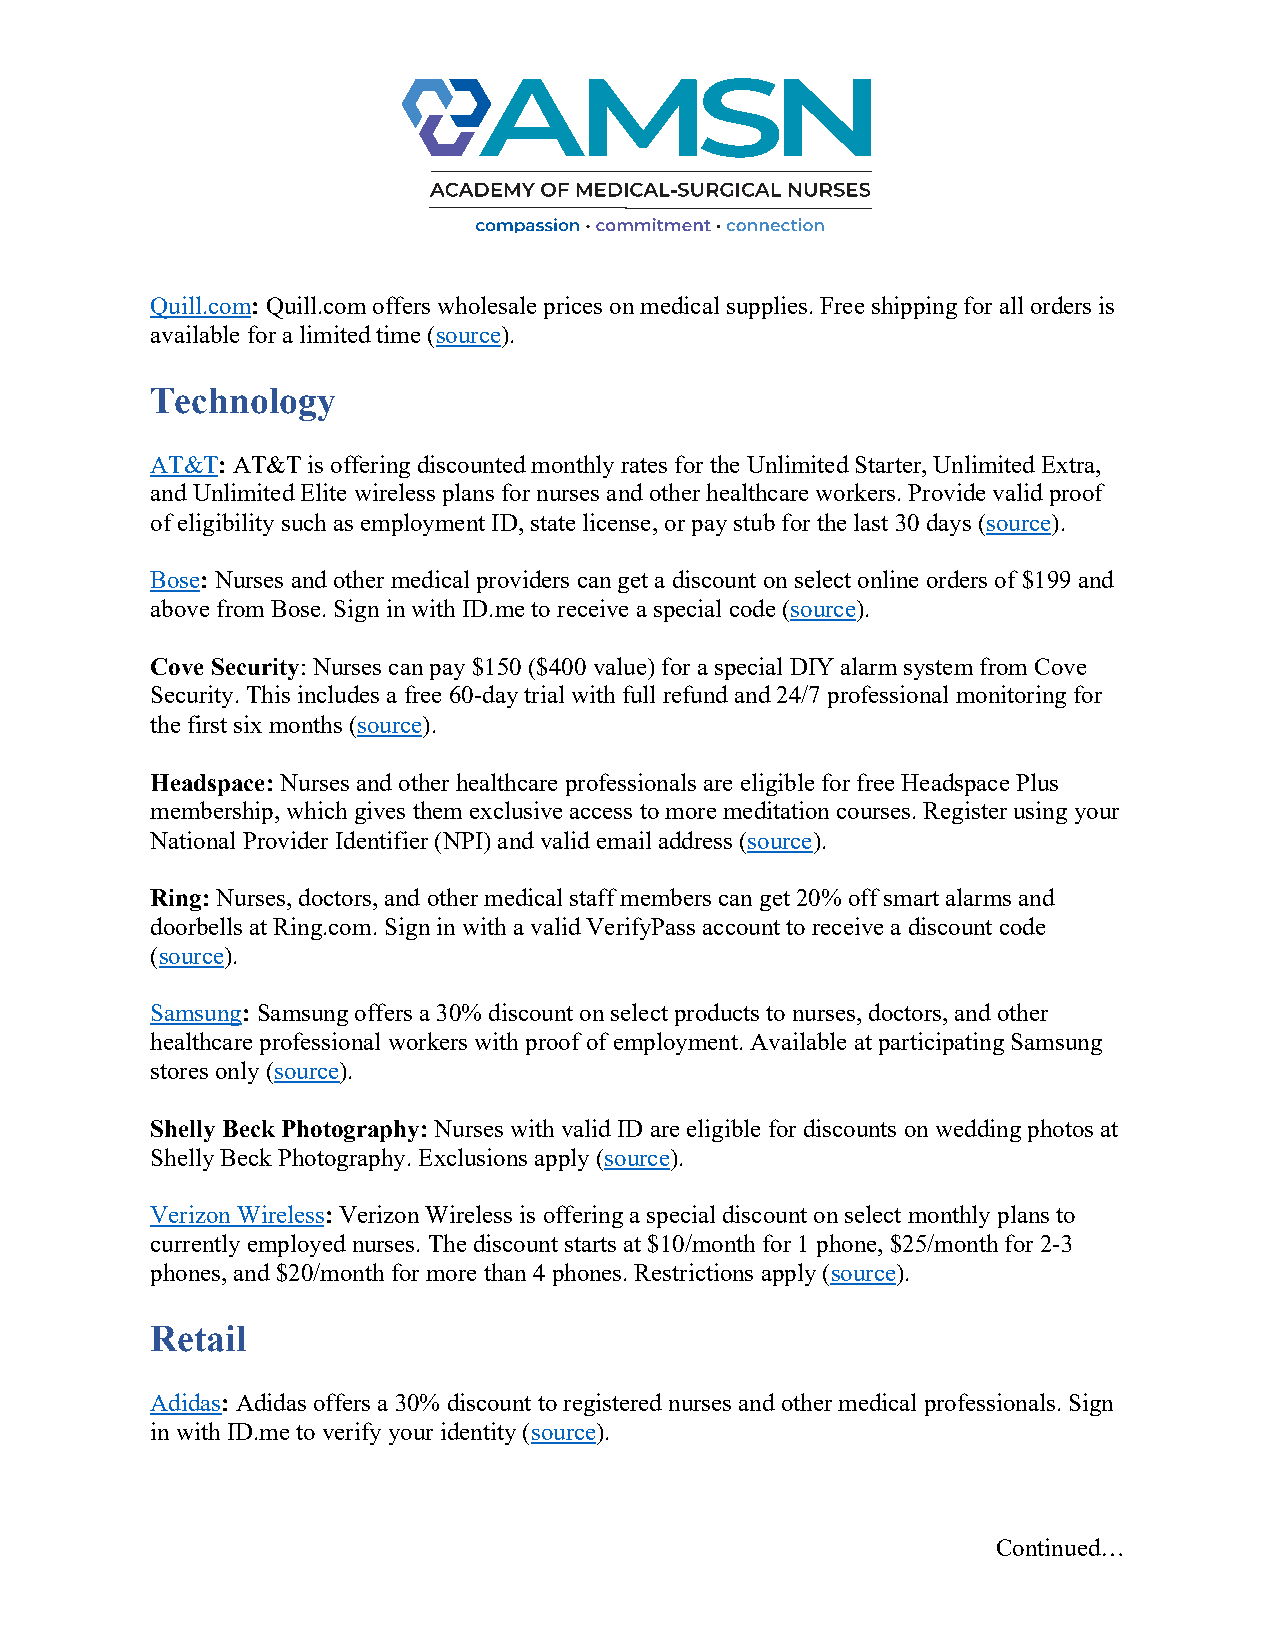
Quill.com: Quill.com offers wholesale prices on medical supplies. Free shipping for all orders is
 available for a limited time (source).
 Technology
 AT&T: AT&T is offering discounted monthly rates for the Unlimited Starter, Unlimited Extra,
 and Unlimited Elite wireless plans for nurses and other healthcare workers. Provide valid proof
 of eligibility such as employment ID, state license, or pay stub for the last 30 days (source).
 Bose: Nurses and other medical providers can get a discount on select online orders of $199 and
 above from Bose. Sign in with ID.me to receive a special code (source).
 Cove Security: Nurses can pay $150 ($400 value) for a special DIY alarm system from Cove
 Security. This includes a free 60-day trial with full refund and 24/7 professional monitoring for
 the first six months (source).
 Headspace: Nurses and other healthcare professionals are eligible for free Headspace Plus
 membership, which gives them exclusive access to more meditation courses. Register using your
 National Provider Identifier (NPI) and valid email address (source).
 Ring: Nurses, doctors, and other medical staff members can get 20% off smart alarms and
 doorbells at Ring.com. Sign in with a valid VerifyPass account to receive a discount code
 (source).
 Samsung: Samsung offers a 30% discount on select products to nurses, doctors, and other
 healthcare professional workers with proof of employment. Available at participating Samsung
 stores only (source).
 Shelly Beck Photography: Nurses with valid ID are eligible for discounts on wedding photos at
 Shelly Beck Photography. Exclusions apply (source).
 Verizon Wireless: Verizon Wireless is offering a special discount on select monthly plans to
 currently employed nurses. The discount starts at $10/month for 1 phone, $25/month for 2-3
 phones, and $20/month for more than 4 phones. Restrictions apply (source).
 Retail
 Adidas: Adidas offers a 30% discount to registered nurses and other medical professionals. Sign
 in with ID.me to verify your identity (source).
 Continued…